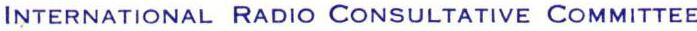
INTERNATIONAL RADIO CONSULTATIVE COMMITTEE